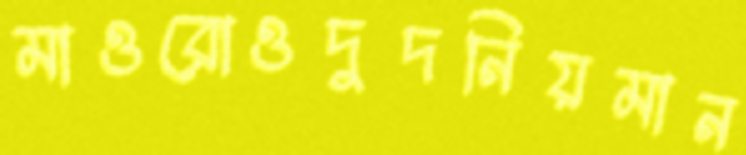
মাওরোওদুদনিয়মান